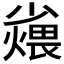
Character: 𪨆